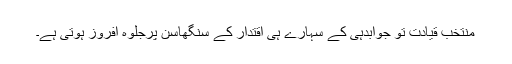
منتخب قیادت تو جوابدہی کے سہارے ہی اقتدار کے سنگھاسن پرجلوہ افروز ہوتی ہے۔